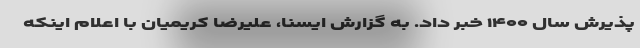
پذیرش سال ۱۴۰۰ خبر داد. به گزارش ایسنا، علیرضا کریمیان با اعلام اینکه